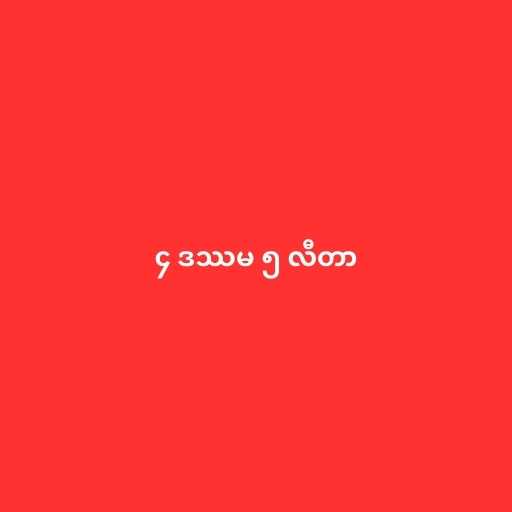
၄ ဒဿမ ၅ လီတာ